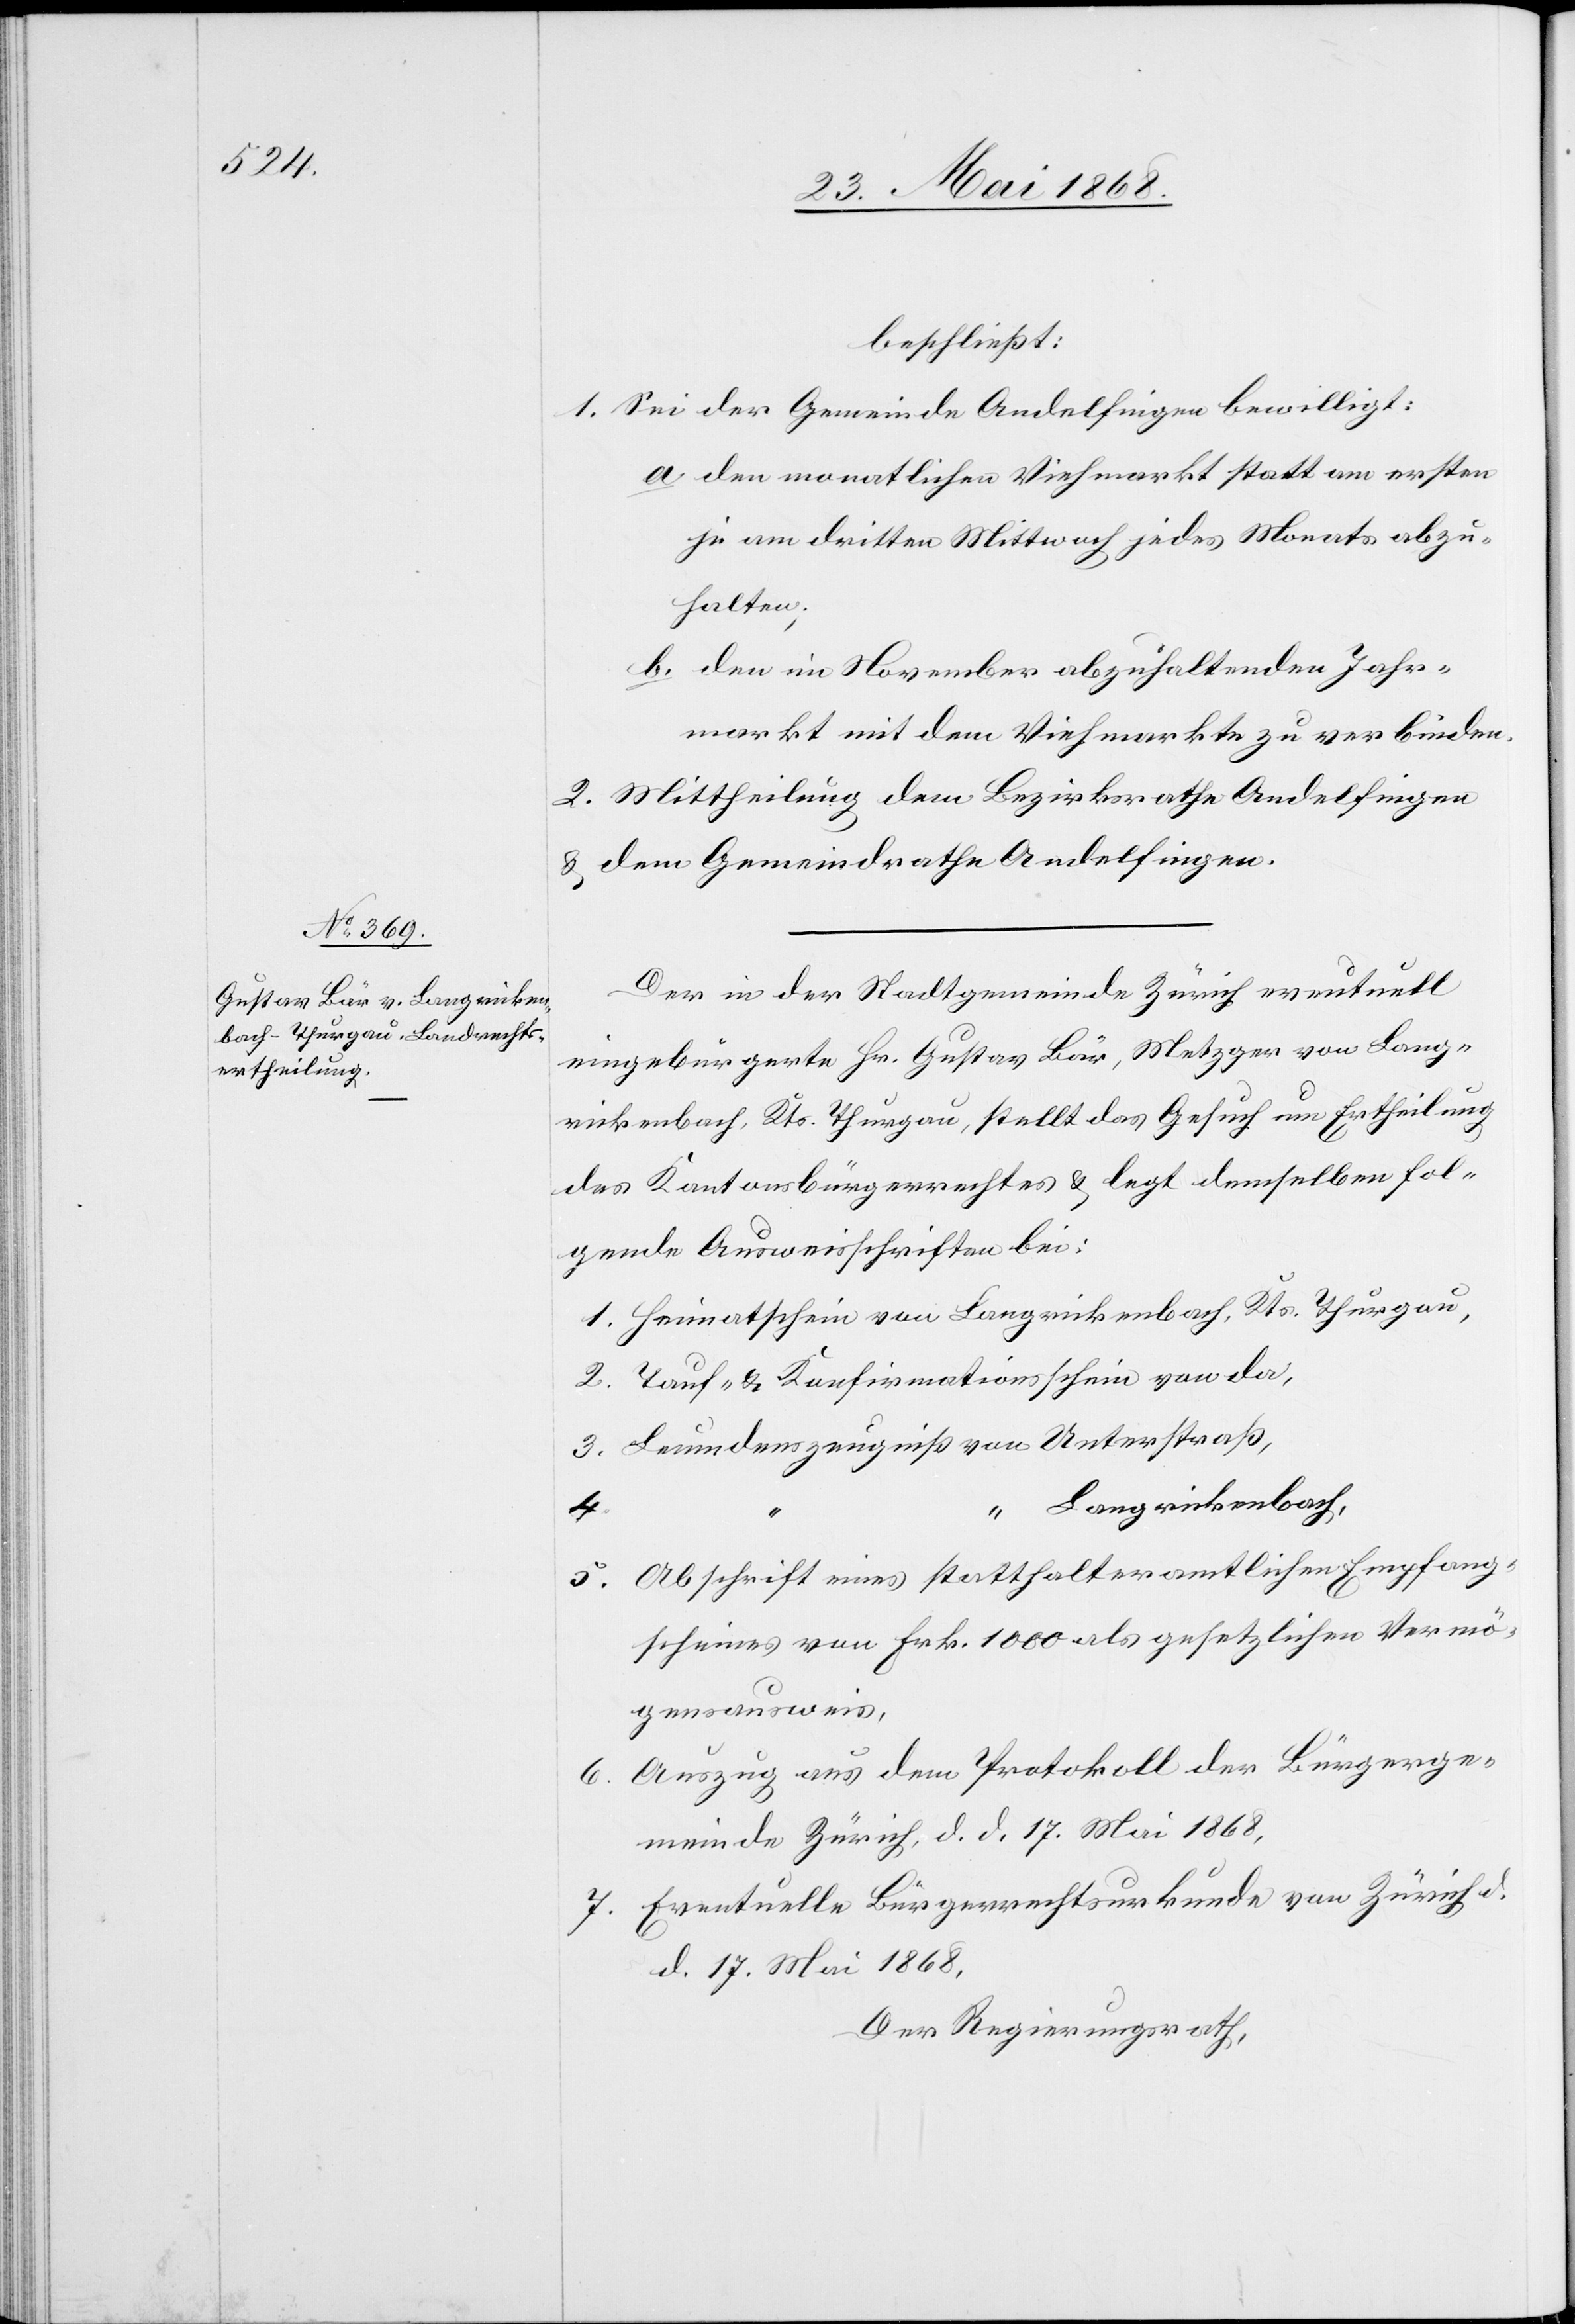
beschließt:
1. Sei der Gemeinde Andelfingen bewilligt:
den monatlichen Viehmarkt statt am ersten
je am dritten Mittwoch jedes Monats abzu¬
halten;
den im November abzuhaltenden Jahr¬
markt mit dem Viehmarkte zu verbinden.
2. Mittheilung dem Bezirksrathe Andelfingen
& dem Gemeindrathe Andelfingen.
Der in der Stadtgemeinde Zürich eventuell
eingebürgerte Hr. Gustav Bär, Metzger von Lang¬
rickenbach, Kts. Thurgau, stellt das Gesuch um Ertheilung
des Kantonsbürgerrechtes & legt demselben fol¬
gende Ausweisschriften bei:
Heimatschein von Langrickenbach, Kts. Thurgau,
Tauf- & Konfirmationsschein von da,
Leumdenszeugniß von Unterstraß,
5.
“ Langrickenbach,
Abschrift eines statthalteramtlichen Empfang¬
scheines von Frk. 1000 als gesetzlichen Vermö¬
gensausweis,
Auszug aus dem Protokoll der Bürgerge¬
meinde Zürich, d. d. 17. Mai 1868,
Eventuelle Bürgerrechtsurkunde von Zürich d.
d. 17. Mai 1868,
Der Regierungsrath,